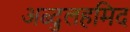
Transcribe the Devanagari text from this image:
अब्दुलहमिद